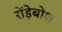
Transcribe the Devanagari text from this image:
रोंड़ेबोश